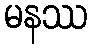
မနဿ